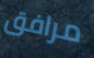
مرافق